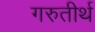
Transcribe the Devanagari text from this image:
गरुतीर्थ